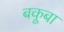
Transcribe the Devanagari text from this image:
बकूबा